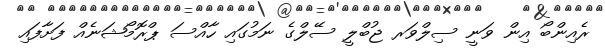
ރެއިންބޯ އިން ވަނީ ސިލްވަރ ޖުބްލީ ސޭލްގެ ނަމުގައި ހާއްސަ ޕްރޮމޯޝަނެއް ފަށާފައި